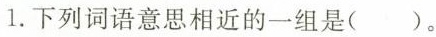
1.下列词语意思相近的一组是( )。